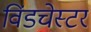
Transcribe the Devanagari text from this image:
विंडचेस्टर